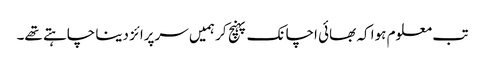
تب معلوم ہوا کہ بھائی اچانک پہنچ کر ہمیں سرپرائز دینا چاہتے تھے۔